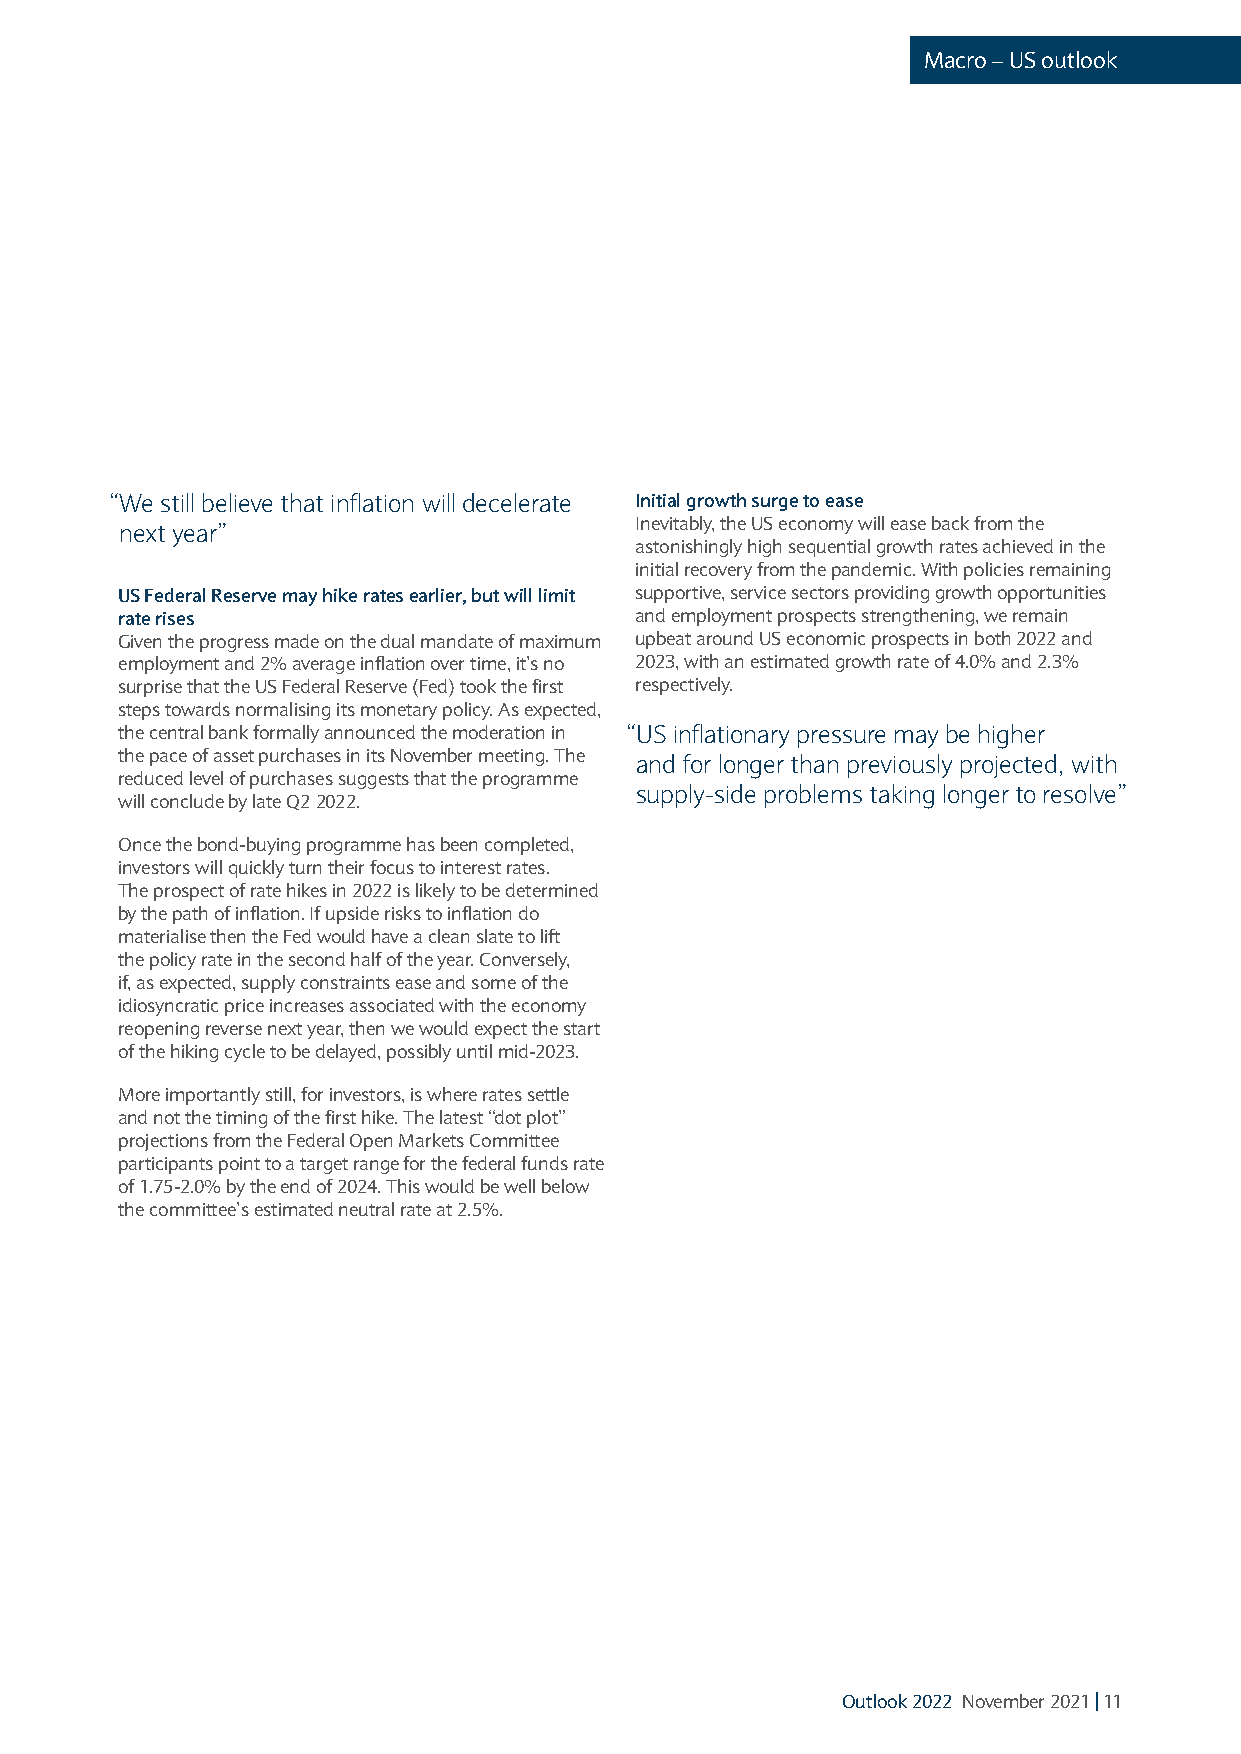
Macro – US outlook
 “We still believe that inflation will decelerate Initial growth surge to ease
 Inevitably, the US economy will ease back from the
 next year”
 astonishingly high sequential growth rates achieved in the
 initial recovery from the pandemic. With policies remaining
 US Federal Reserve may hike rates earlier, but will limit supportive, service sectors providing growth opportunities
 rate rises                        and employment prospects strengthening, we remain
 Given the progress made on the dual mandate of maximum upbeat around US economic prospects in both 2022 and
 employment and 2% average inflation over time, it’s no 2023, with an estimated growth rate of 4.0% and 2.3%
 surprise that the US Federal Reserve (Fed) took the first respectively.
 steps towards normalising its monetary policy. As expected,
 the central bank formally announced the moderation in “US inflationary pressure may be higher
 the pace of asset purchases in its November meeting. The
 and for longer than previously projected, with
 reduced level of purchases suggests that the programme
 supply-side problems taking longer to resolve”
 will conclude by late Q2 2022.
 Once the bond-buying programme has been completed,
 investors will quickly turn their focus to interest rates.
 The prospect of rate hikes in 2022 is likely to be determined
 by the path of inflation. If upside risks to inflation do
 materialise then the Fed would have a clean slate to lift
 the policy rate in the second half of the year. Conversely,
 if, as expected, supply constraints ease and some of the
 idiosyncratic price increases associated with the economy
 reopening reverse next year, then we would expect the start
 of the hiking cycle to be delayed, possibly until mid-2023.
 More importantly still, for investors, is where rates settle
 and not the timing of the first hike. The latest “dot plot”
 projections from the Federal Open Markets Committee
 participants point to a target range for the federal funds rate
 of 1.75-2.0% by the end of 2024. This would be well below
 the committee’s estimated neutral rate at 2.5%.
 Outlook 2022 November 2021 | 11